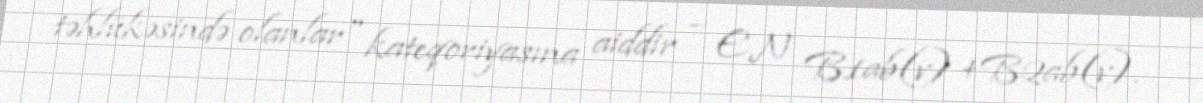
təhlükəsində olanlar" kateqoriyasına aiddir – EN B1ab(v) +B2ab(v).